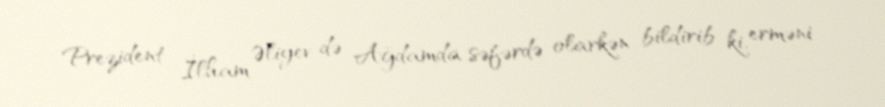
Prezident İlham Əliyev də Ağdamda səfərdə olarkən bildirib ki, erməni